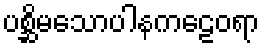
ပစ္ဆိမသောပါနကဠေဝရာ